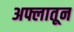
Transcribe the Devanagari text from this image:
अफ्लातून